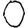
Digit: 0